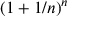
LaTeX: ( 1 + 1 / n ) ^ { n }